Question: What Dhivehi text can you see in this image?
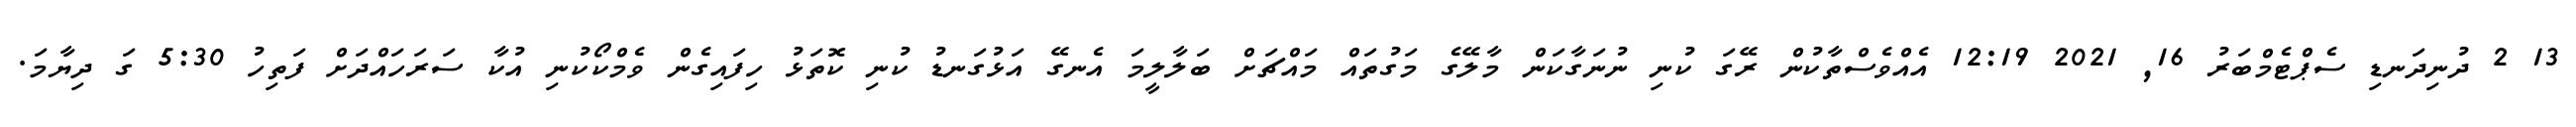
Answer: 13 2 ދުނިދަނޑި ސެޕްޓެމްބަރު 16, 2021 12:19 އެއްވެސްތާކުން ރޭގަ ކުނި ނުނަގާކަން މާލޭގެ މަގުތައް މައްޗަށް ބަލާލީމަ އެނގޭ އަޅުގަނޑު ކުނި ކޮތަޅު ހިފައިގެން ވެމްކޯކުނި އުކާ ސަރަހައްދަށް ފަތިހު 5:30 ގަ ދިޔާމަ.